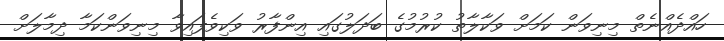
ހައްދެއްނެތް މިނިވަން ކަމަށް ވަކާލާތު ކުރުމުގެ ބަދަލުގައި އިންފާރު ވަކިވެފައިވާ މިނިވަންކަމާ ދިމާލަށް